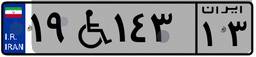
۱۹W۱۴۳۱۳